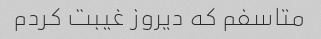
متاسفم که دیروز غیبت کردم